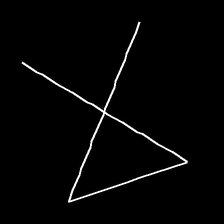
Glyph: collection